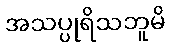
အသပ္ပုရိသဘူမိ